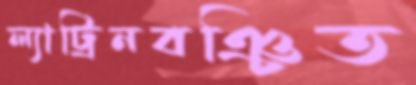
ল্যাট্রিনবঞ্চিত